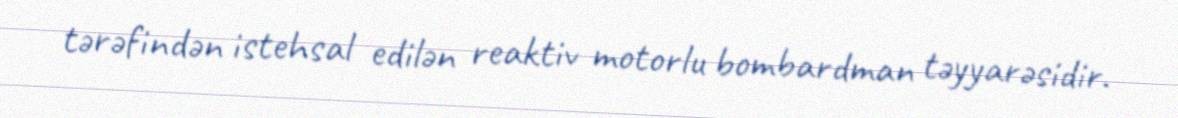
tərəfindən istehsal edilən reaktiv motorlu bombardman təyyarəsidir.